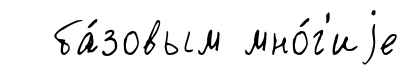
ба́зовым мно́г'иjе